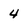
Character: 4